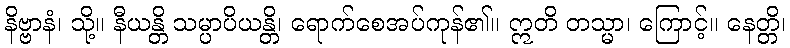
နိဗ္ဗာနံ၊ သို့။ နီယန္တိ သမ္ပာပိယန္တိ၊ ရောက်စေအပ်ကုန်၏။ ဣတိ တသ္မာ၊ ကြောင့်။ နေတ္တိ၊